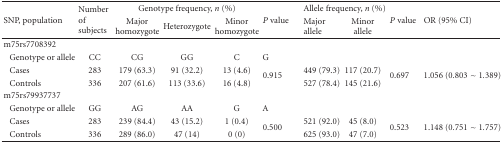
<table><thead><tr><td rowspan="2"><b>SNP, population</b></td><td rowspan="2"><b>Number of subjects</b></td><td colspan="3"><b>Genotype frequency, <i>n</i> (%)</b></td><td rowspan="2"><b><i>P</i> value</b></td><td colspan="2"><b>Allele frequency, <i>n</i> (%)</b></td><td rowspan="2"><b><i>P</i> value</b></td><td rowspan="2"><b>OR (95% CI)</b></td></tr><tr><td><b>Major homozygote</b></td><td><b> Heterozygote</b></td><td><b>Minor homozygote</b></td><td><b>Major allele</b></td><td><b>Minor allele</b></td></tr></thead><tbody><tr><td colspan="10">rs7708392</td></tr><tr><td>Genotype or allele</td><td></td><td>CC</td><td>CG</td><td>GG</td><td></td><td>C</td><td>G</td><td></td><td></td></tr><tr><td>Cases</td><td>283</td><td>179 (63.3)</td><td>91 (32.2)</td><td>13 (4.6)</td><td rowspan="2">0.915</td><td>449 (79.3)</td><td>117 (20.7)</td><td rowspan="2">0.697</td><td rowspan="2">1.056 (0.803 ~ 1.389)</td></tr><tr><td>Controls</td><td>336</td><td>207 (61.6)</td><td>113 (33.6)</td><td>16 (4.8)</td><td>527 (78.4)</td><td>145 (21.6)</td></tr><tr><td colspan="10">rs79937737</td></tr><tr><td>Genotype or allele</td><td></td><td>GG</td><td>AG</td><td>AA</td><td></td><td>G</td><td>A</td><td></td><td></td></tr><tr><td>Cases</td><td>283</td><td>239 (84.4)</td><td>43 (15.2)</td><td>1 (0.4)</td><td rowspan="2">0.500</td><td>521 (92.0)</td><td>45 (8.0)</td><td rowspan="2">0.523</td><td rowspan="2">1.148 (0.751 ~ 1.757)</td></tr><tr><td>Controls</td><td>336</td><td>289 (86.0)</td><td>47 (14)</td><td>0 (0)</td><td>625 (93.0)</td><td>47 (7.0)</td></tr></tbody></table>